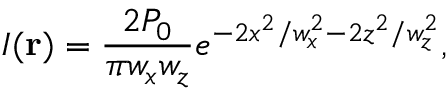
I ( \mathbf { r } ) = \frac { 2 P _ { 0 } } { \pi { } w _ { x } w _ { z } } e ^ { - 2 x ^ { 2 } / w _ { x } ^ { 2 } - 2 z ^ { 2 } / w _ { z } ^ { 2 } } ,